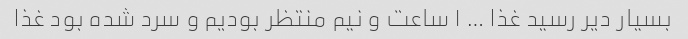
بسیار دیر رسید غذا … ۱ ساعت و نیم منتظر بودیم و سرد شده بود غذا